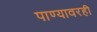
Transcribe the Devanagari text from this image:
पाण्यावरही